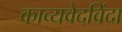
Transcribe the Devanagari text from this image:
काव्यवेदविंदा